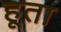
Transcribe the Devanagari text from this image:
हूता